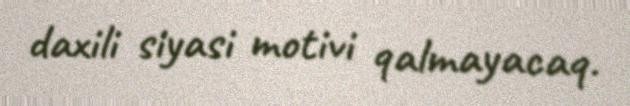
daxili siyasi motivi qalmayacaq.